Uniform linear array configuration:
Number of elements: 64
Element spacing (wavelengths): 0.5
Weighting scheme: hann
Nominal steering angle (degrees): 60
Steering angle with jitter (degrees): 60.858
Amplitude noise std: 0.05
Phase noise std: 0.05

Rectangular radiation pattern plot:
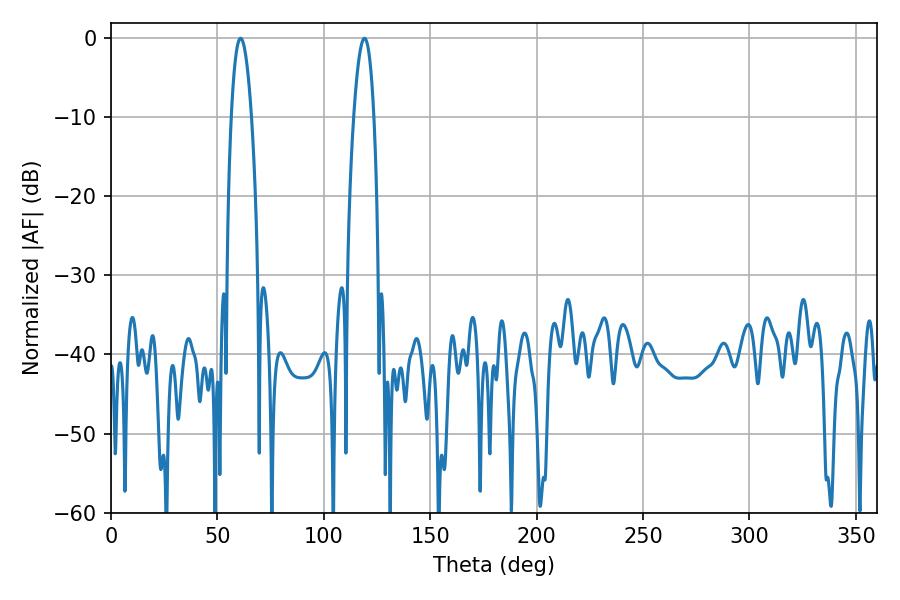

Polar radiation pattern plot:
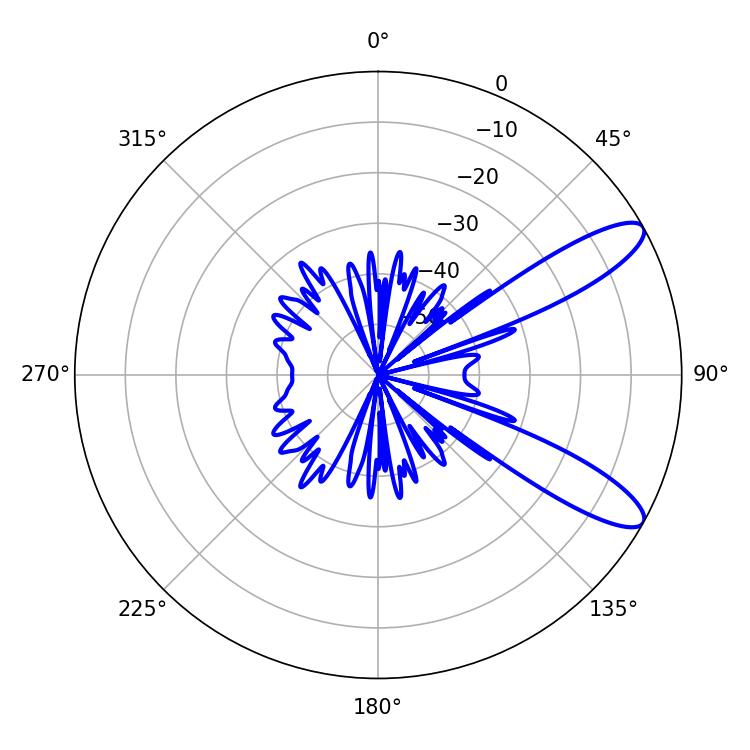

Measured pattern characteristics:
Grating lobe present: FALSE
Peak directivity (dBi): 10.637
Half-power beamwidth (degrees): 5.22
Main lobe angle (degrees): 60.84